Indian journal of veterinary science and animal husbandry - Volume 2,
Year: 1932
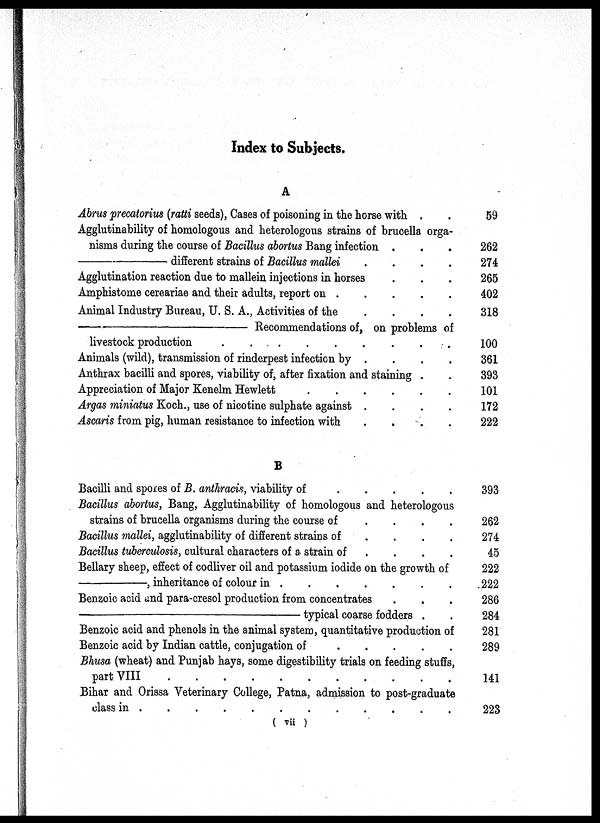
Index to Subjects.
A
Abrus precatorius (ratti seeds), Cases of poisoning in the horse with . .
Agglutinability of homologous and heterologous strains of brucella orga-
nisms during the course of Bacillus abortus Bang infection . . .
—different
strains of Bacillus mallei . . . . . . . .
Agglutination reaction due to mallein injections in horses . . . . . . . .
Amphistome cereariae and their adults, report on . . . . . . . .
Animal Industry Bureau, U. S. A., Activities of the . . . . . . . .
—Recommendations
of, on problems of
livestock production
.
.
.
.
.
.
.
.
Animals (wild), transmission of rinderpest infection by . . . . . . . .
Anthrax bacilli and spores, viability of, after fixation and staining . .
Appreciation of Major Kenelm Hewlett
.
.
.
.
.
.
.
.
Argas miniatus Koch., use of nicotine sulphate against . . . . . . . .
Ascaris from pig, human resistance to infection with . . . . . . . .
B
Bacilli and spores of B. anthracis, viability of . . . . . . . .
Bacillus abortus, Bang, Agglutinability of homologous and heterologous
strains of brucella organisms during the course of . . . . . . . .
Bacillus mallei, agglutinability of different strains of . . . . . . . .
Bacillus tuberculosis, cultural characters of a strain of . . . . . . . .
Bellary sheep, effect of codliver oil and potassium iodide on the growth of
—, inheritance of colour in
.
.
.
.
.
.
.
.
Benzoic acid and para-cresol production from concentrates . . . . . . . .
—typical
coarse fodders . .
Benzoic acid and phenols in the animal system, quantitative production of
Benzoic acid by Indian cattle, conjugation of . . . . . . . .
Bhusa (wheat) and Punjab hays, some digestibility trials on feeding stuffs,
part VIII
.
.
.
.
.
.
.
.
Bihar and Orissa Veterinary College, Patna, admission to post-graduate
class in
.
.
.
.
.
.
.
.
59
262
274
265
402
318
100
361
393
101
172
222
393
262
274
45
222
222
286
284
281
289
141
223
( vii )